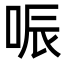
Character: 㖘